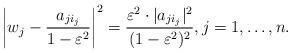
LaTeX: \begin{align*}\left|w_j-\frac{a_{ji_{j}}}{1-\varepsilon^2}\right|^2=\frac{\varepsilon^2\cdot|a_{ji_{j}}|^2}{(1-\varepsilon^2)^2},j=1,\ldots, n.\end{align*}